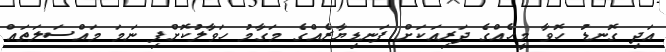
އަދި ގޮނޑު ހޮވާ މީހެއްގެ ދަރިއަކަށް ފަނޑިޔާރެއްގެ މަގާމު ހަވާލުކޮށްފި ނަމަ މައްސަލަތައް